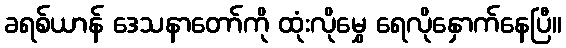
ခရစ်ယာန် ဒေသနာတော်ကို ထုံးလိုမွှေ ရေလိုနှောက်နေပြီ။